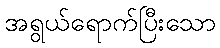
အရွယ်ရောက်ပြီးသော